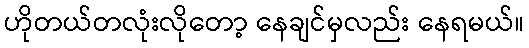
ဟိုတယ်တလုံးလိုတော့ နေချင်မှလည်း နေရမယ်။